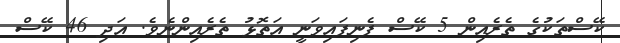
ކޭސްތަކުގެ ތެރެއިން 5 ކޭސް ފެނިފައިވަނީ އަތޮޅު ތެރެއިންނެވެ. އަދި 46 ކޭސް